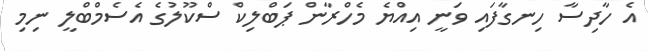
އެ ހާދިސާ ހިނގާފައި ވަނީ އިއްޔެ މެހްރާން ޕަބްލިކް ސްކޫލުގެ އެސެމްބްލީ ނިމި